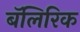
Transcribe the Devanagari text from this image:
बॅलिरिक